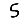
Digit: 5